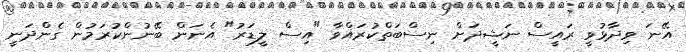
އޭނަ ވިދާޅުވީ ރައީސް ނަޝީދަށް ނިސްބަތްކުރައްވާ "އިސް ލީޑަރު" އެނަން ބޭނުންކުރަމުން ގެންދަނީ